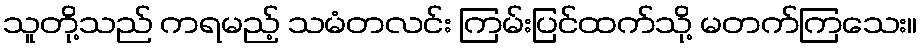
သူတို့သည် ကရမည့် သမံတလင်း ကြမ်းပြင်ထက်သို့ မတက်ကြသေး။